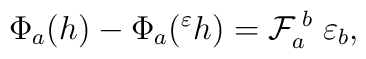
\Phi_{a}(h)-\Phi_{a}({ }^{\varepsilon}h)={\cal F}_{a}^{\; b} \; \varepsilon_{b},